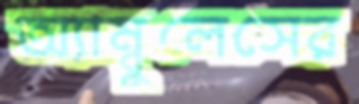
অ্যাম্বুলেসের